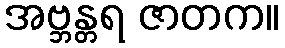
အဗ္ဘန္တရ ဇာတက။